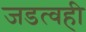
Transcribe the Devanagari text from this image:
जडत्वही